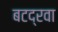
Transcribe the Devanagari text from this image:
बटद्रवा